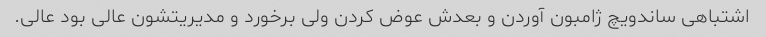
اشتباهی ساندویچ ژامبون آوردن و بعدش عوض کردن ولی برخورد و مدیریتشون عالی بود عالی.